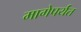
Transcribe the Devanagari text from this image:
मागेपर्यंत